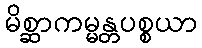
မိစ္ဆာကမ္မန္တပစ္စယာ